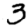
Digit: 3